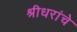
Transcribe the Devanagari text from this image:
श्रीधरांचे